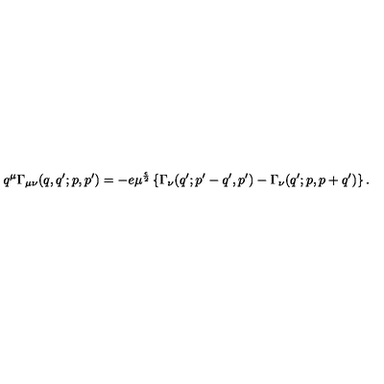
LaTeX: q ^ { \mu } \Gamma _ { \mu \nu } ( q , q ^ { \prime } ; p , p ^ { \prime } ) = - e \mu ^ { \frac { \epsilon } { 2 } } \left\{ \Gamma _ { \nu } ( q ^ { \prime } ; p ^ { \prime } - q ^ { \prime } , p ^ { \prime } ) - \Gamma _ { \nu } ( q ^ { \prime } ; p , p + q ^ { \prime } ) \right\} .